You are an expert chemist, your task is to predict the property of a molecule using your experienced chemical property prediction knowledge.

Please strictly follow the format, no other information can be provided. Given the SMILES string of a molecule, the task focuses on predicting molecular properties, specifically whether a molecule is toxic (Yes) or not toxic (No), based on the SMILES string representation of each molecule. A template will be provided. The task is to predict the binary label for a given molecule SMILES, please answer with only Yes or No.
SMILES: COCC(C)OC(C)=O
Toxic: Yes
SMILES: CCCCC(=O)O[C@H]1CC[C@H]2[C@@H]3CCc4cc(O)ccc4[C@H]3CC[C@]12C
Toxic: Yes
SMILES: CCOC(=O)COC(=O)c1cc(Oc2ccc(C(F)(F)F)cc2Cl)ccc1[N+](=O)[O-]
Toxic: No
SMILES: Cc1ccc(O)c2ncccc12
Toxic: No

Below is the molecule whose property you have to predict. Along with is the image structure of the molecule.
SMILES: C#CCOC(=O)/C=C(C)/C=C/CC(C)CCCC(C)C
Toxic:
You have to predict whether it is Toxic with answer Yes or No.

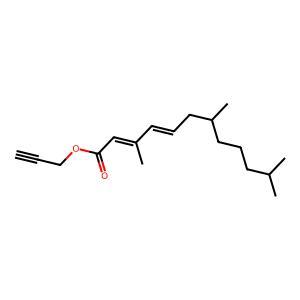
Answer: No